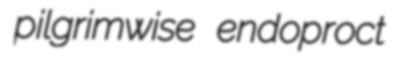
pilgrimwise endoproct